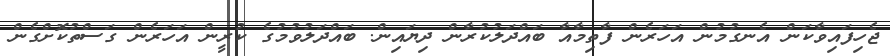
ޖެހިފައިވާކަން އެނގުމުން އަހަރެން ފާތިމާއާ ބައްދަލުކުރާން ދިޔައިން. ބައްދަލުވުމުގެ ކުރީން އަހަރެން ގަސްތުކޮށްގެން